65_HS1-834228961_62-HQ-83894_Section_3
Agency: FBI
Page 83
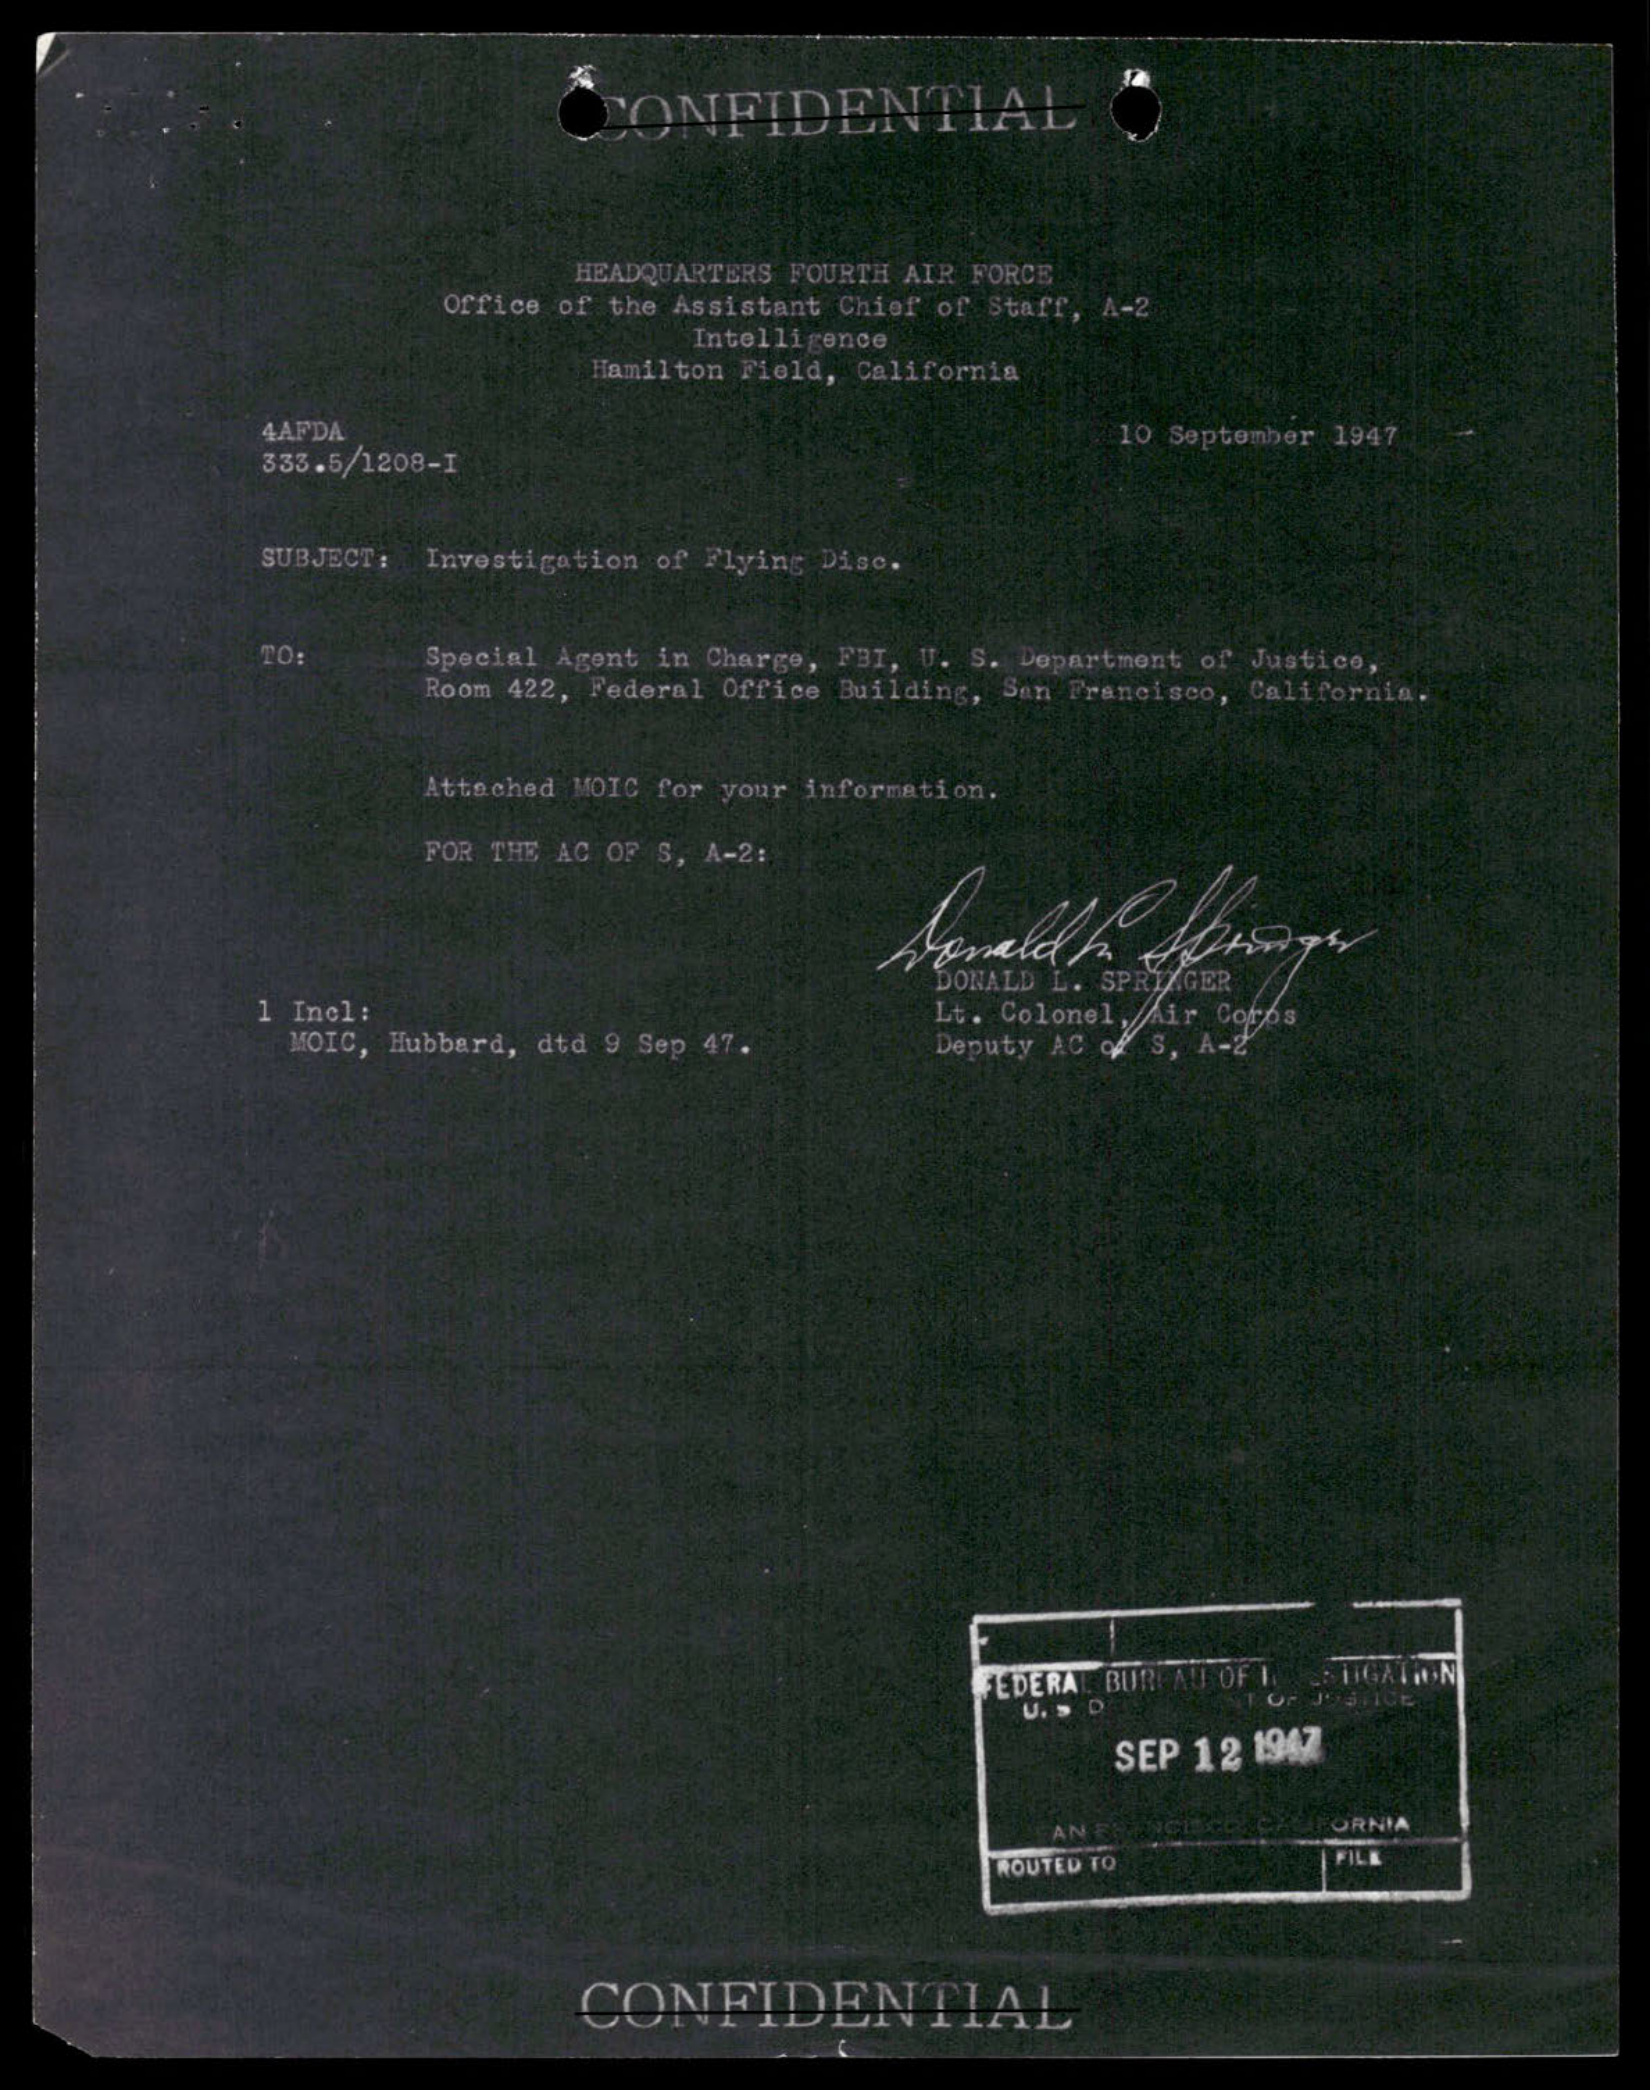